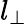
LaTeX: l_{\perp}